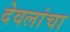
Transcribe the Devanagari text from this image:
देवलांचा